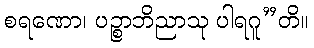
စရဏော၊ ပဉ္စာဘိညာသု ပါရဂူ”တိ။